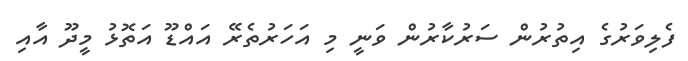
ފެލިވަރުގެ އިތުރުން ސަރުކާރުން ވަނީ މި އަހަރުތެރޭ އައްޑޫ އަތޮޅު މީދޫ އާއި